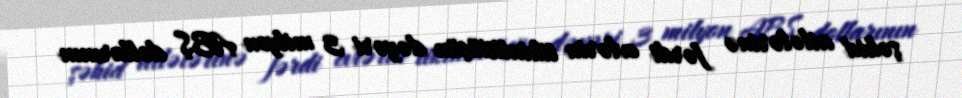
şəhid ailələrinə fərdi evlərin tikintisiüçün dəyəri 3 milyon ABŞ dollarının